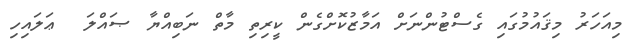
މިއަހަރު މިޤައުމުގައި ގެސްޓުންނަށް އަމާޒުކޮށްގެން ކީރިތި މާތް ނަބިއްޔާ ޞައްލަ  ޢަލައިހި